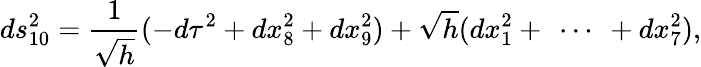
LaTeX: ds_{10}^{2}=\frac{1}{\sqrt{h}}(-d\tau^{2}+dx_{8}^{2}+dx_{9}^{2})+\sqrt{h}(dx_{1}^{2}+\ \cdots\ +dx_{7}^{2}),